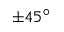
\pm 4 5 ^ { \circ }